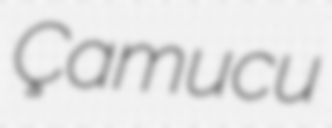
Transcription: Çamucu